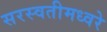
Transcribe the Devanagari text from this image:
सरस्वतीमध्वरे